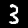
Label: 3